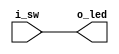
////////////////////////////////////////////////////////////////////////////////
//
//
// Project:	Verilog Tutorial Example file
//
// Purpose:	An exceptionally simple Verilog file, just connecting one
//		input port (i_sw) to one output port (o_led)
//
// Creator:	Dan Gisselquist, Ph.D.
//		Gisselquist Technology, LLC
//
////////////////////////////////////////////////////////////////////////////////
//
// Written and distributed by Gisselquist Technology, LLC
//
// This program is hereby granted to the public domain.
//
// This program is distributed in the hope that it will be useful, but WITHOUT
// ANY WARRANTY; without even the implied warranty of MERCHANTIBILITY or
// FITNESS FOR A PARTICULAR PURPOSE.
//
////////////////////////////////////////////////////////////////////////////////
//
//
`default_nettype none
//
module thruwire(i_sw, o_led);
	input	wire	i_sw;
	output	wire	o_led;

	assign	o_led = i_sw;
endmodule